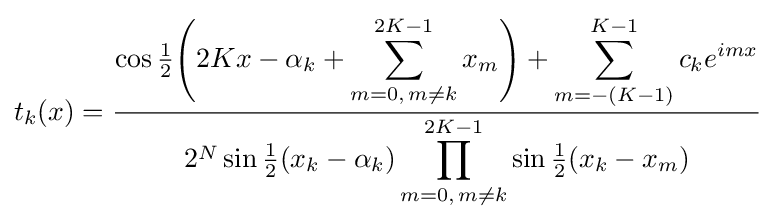
t_{k}(x)={\frac {\cos {\tfrac {1}{2}}{\Biggl (}2Kx-\alpha _{k}+\displaystyle \sum \limits _{m=0,\,m\neq k}^{2K-1}x_{m}{\Biggr )}+\sum \limits _{m=-(K-1)}^{K-1}c_{k}e^{imx}}{2^{N}\sin {\tfrac {1}{2}}(x_{k}-\alpha _{k})\displaystyle \prod \limits _{m=0,\,m\neq k}^{2K-1}\sin {\tfrac {1}{2}}(x_{k}-x_{m})}}